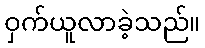
ဝှက်ယူလာခဲ့သည်။